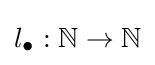
l_{\bullet }:\mathbb {N} \to \mathbb {N}